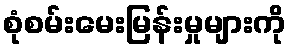
စုံစမ်းမေးမြန်းမှုများကို